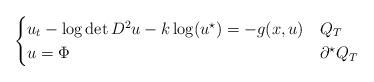
LaTeX: \begin{align*}\begin{cases}u_t-\log\det D^2u-k\log (u^{\star}) = -g(x, u) &Q_T\\u = \Phi & \partial^{\star}Q_T \end{cases}\end{align*}